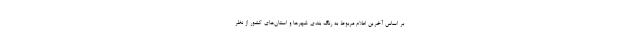
بر اساس آخرین اعلام مربوط به رنگ بندی شهرها و استان‌های کشور از نظر